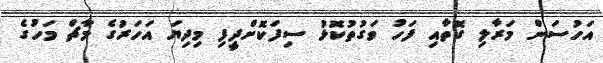
އަހުސަން މަރާލި ގޮތާއި ފަހު ވަގުތުކޮޅު ސިފަކޮށްދީފި މިދިޔަ އަހަރުގެ މާޗް މަހުގެ